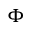
\boldsymbol { \Phi }